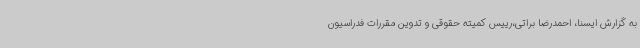
به گزارش ایسنا، احمدرضا براتی،رییس کمیته حقوقی و تدوین مقررات فدراسیون